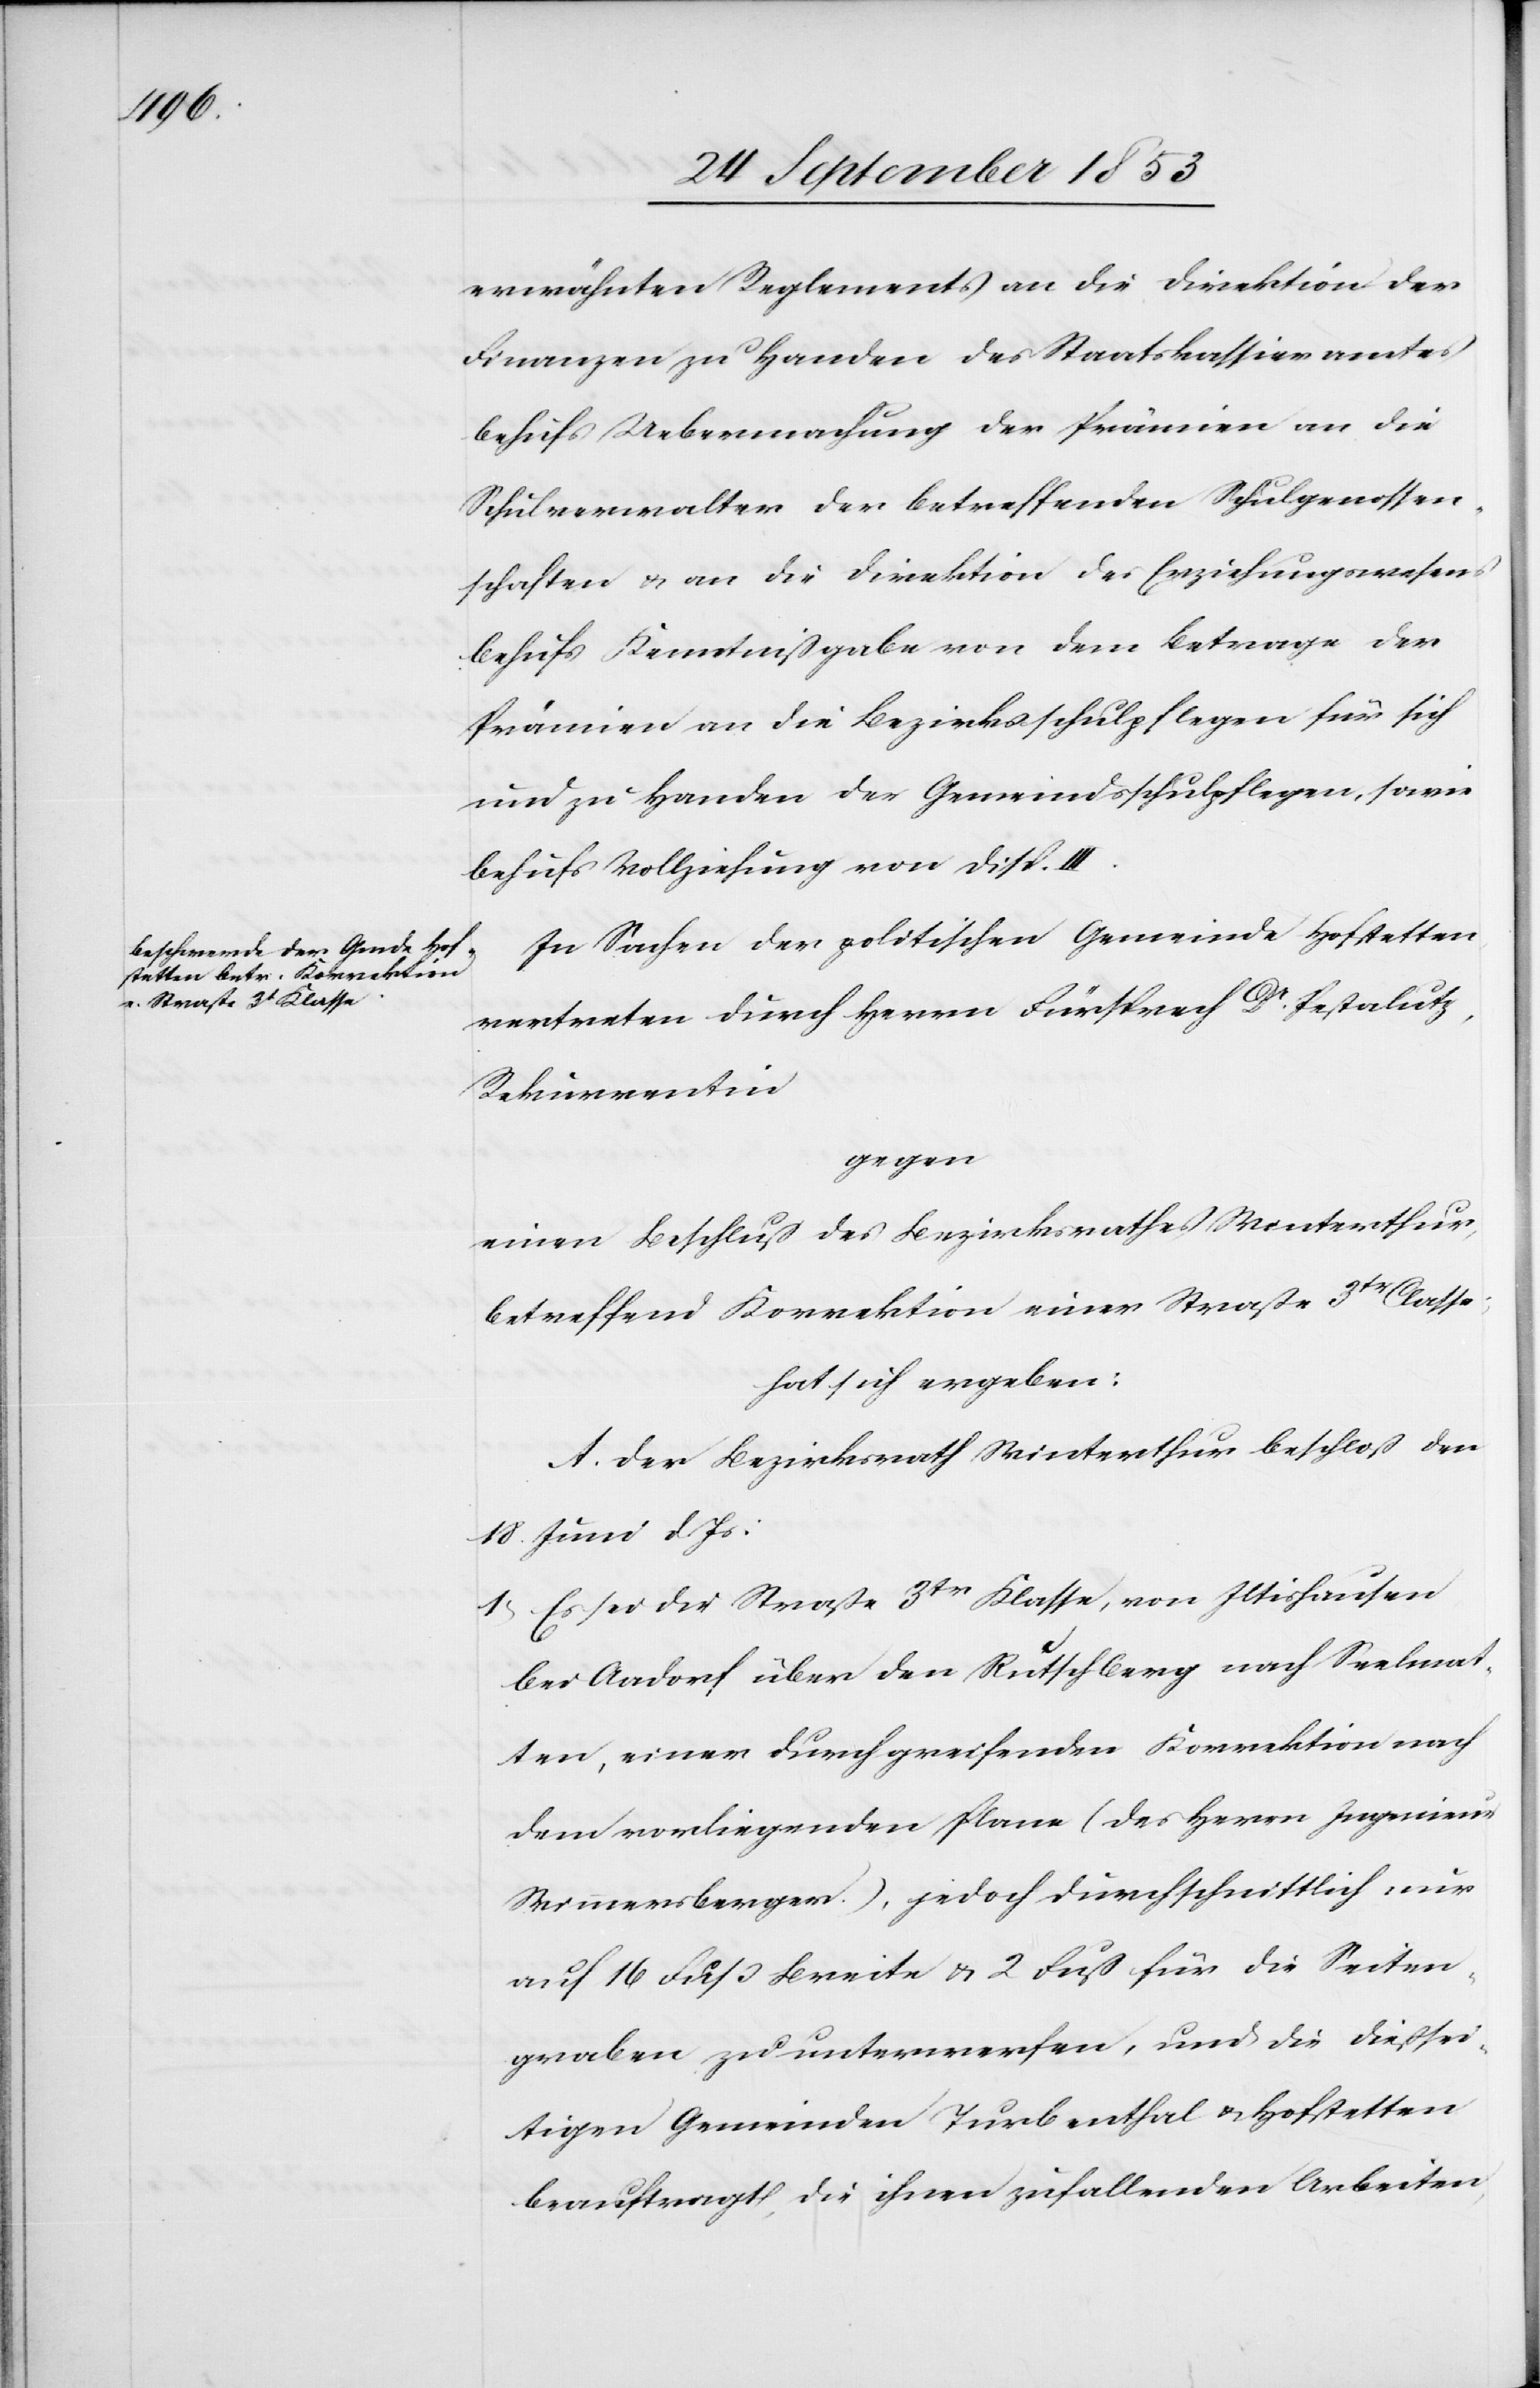
erwähnten Reglements an die Direktion der
Finanzen zu Handen des Staatskassieramtes
behufs Uebermachung der Prämien an die
Schulverwalter der betreffenden Schulgenossen¬
schaften u. an die Direktion des Erziehungswesens
behufs Kenntnißgabe von dem Betrage der
Prämien an die Bezirksschulpflegen für sich
und zu Handen der Gemeindschulpflegen, sowie
behufs Vollziehung von Disp. III.
In Sachen der politischen Gemeinde Hofstetten
vertreten durch Herrn Fürsprech Dr Pestalutz,
Rekurrentinn
gegen
einen Beschluß des Bezirksrathes Winterthur,
betreffend Korrektion einer Straße 3tr Classe,
hat sich ergeben:
A. Der Bezirksrath Winterthur beschloß den
18 Juni d. Js.:
1, Es sei die Straße 3tr Klasse, von Iltishausen
bei Aadorf über den Rutschberg nach Seelmat¬
ten, einer durchgreifenden Korrektion nach
dem vorliegenden Plane (des Herrn Ingenieur
Wimmersberger), jedoch durchschnittlich nur
auf 16 Fuß Breite u. 2 Fuß für die Seiten¬
graben zu unterwerfen, und die dießsei¬
tigen Gemeinden Turbenthal u. Hofstetten
beauftragt, die ihnen zufallenden Arbeiten